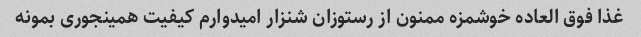
غذا فوق العاده خوشمزه ممنون از رستوزان شنزار امیدوارم کیفیت همینجوری بمونه